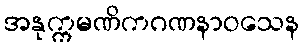
အနုက္ကမဏိကဂဏနာဝသေန